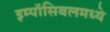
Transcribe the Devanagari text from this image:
इम्पॉसिबलमध्ये